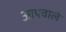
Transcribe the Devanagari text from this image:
आयवाले